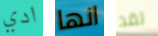
ادي انها لقد